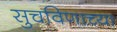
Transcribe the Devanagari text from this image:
सुचविणाच्या